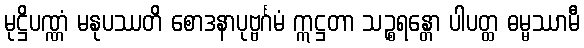
မုဋ္ဌိပဏ္ဏံ မနုပဿတိ စောဒနာပုဗ္ဗင်္ဂမံ ဣဋ္ဌတာ သဉ္စရန္တော ပါပတ္ထ ဓမ္မဿာမီ